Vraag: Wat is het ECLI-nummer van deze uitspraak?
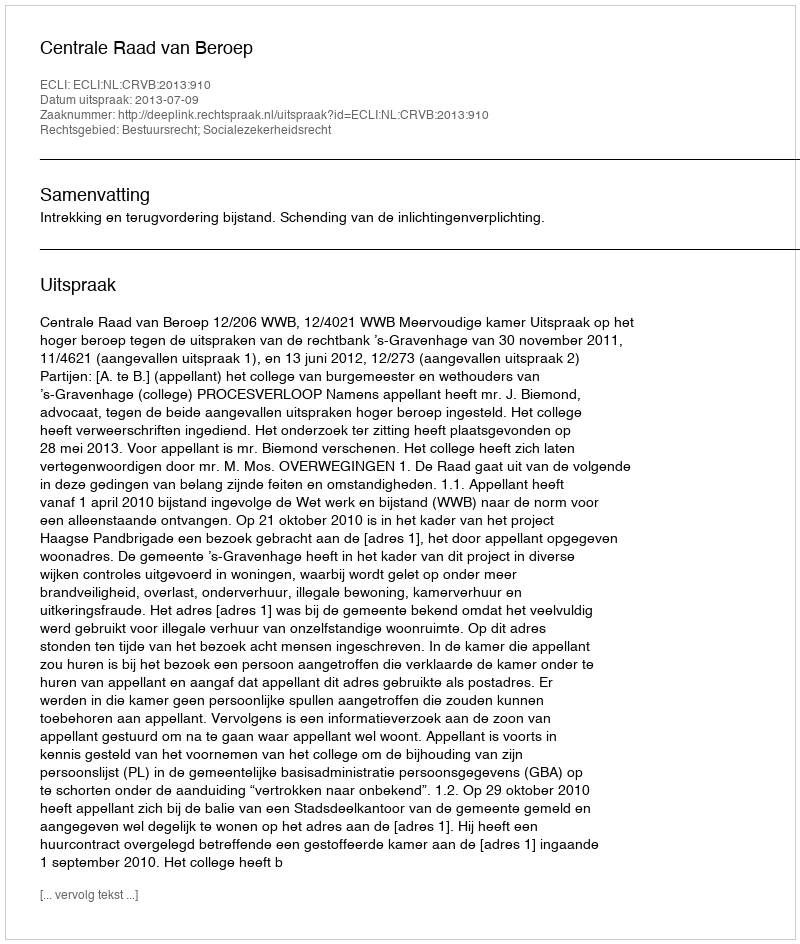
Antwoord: ECLI:NL:CRVB:2013:910